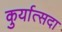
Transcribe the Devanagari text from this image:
कुर्यात्सदा